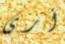
أرى